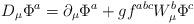
LaTeX: \begin{align*}D_{\mu} \Phi ^a = \partial _{\mu} \Phi ^a + g f ^{abc}W_{\mu} ^b \Phi ^c\end{align*}